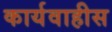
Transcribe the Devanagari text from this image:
कार्यवाहीस